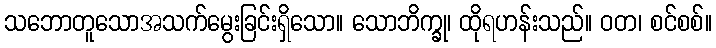
သဘောတူသောအသက်မွေးခြင်းရှိသော။ သောဘိက္ခု၊ ထိုရဟန်းသည်။ ဝတ၊ စင်စစ်။